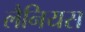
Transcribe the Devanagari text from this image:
लैनियस